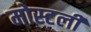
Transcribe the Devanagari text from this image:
मोस्टली